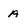
Character: A